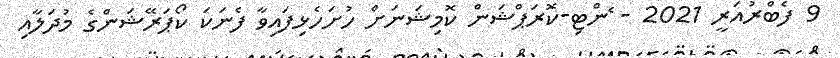
9 ފެބްރުއަރީ 2021 - ެންޓި-ކޮރަޕްޝަން ކޮމިޝަނަށް ހުށަހެޅިފައިވާ ފެނަކަ ކޯޕަރޭޝަންގެ މުދަލާއި